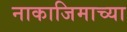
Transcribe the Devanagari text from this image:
नाकाजिमाच्या